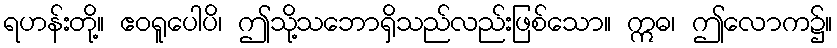
ရဟန်းတို့။ ဧဝရူပေါပိ၊ ဤသို့သဘောရှိသည်လည်းဖြစ်သော။ ဣဓ၊ ဤလောက၌။